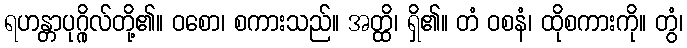
ရဟန္တာပုဂ္ဂိုလ်တို့၏။ ဝစော၊ စကားသည်။ အတ္ထိ၊ ရှိ၏။ တံ ဝစနံ၊ ထိုစကားကို။ တွံ၊